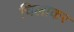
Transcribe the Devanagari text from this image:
चिलाकर